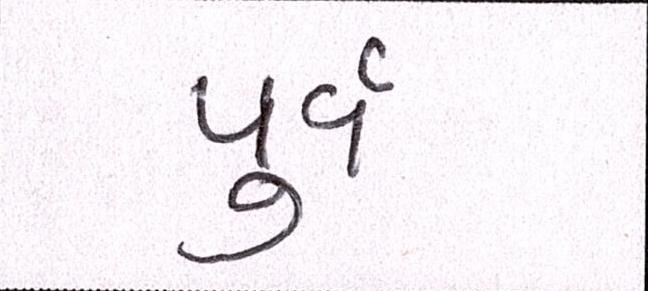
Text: પુર્વ